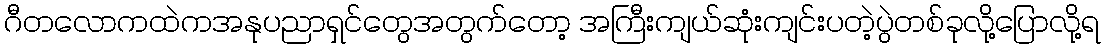
ဂီတလောကထဲကအနုပညာရှင်တွေအတွက်တော့ အကြီးကျယ်ဆုံးကျင်းပတဲ့ပွဲတစ်ခုလို့ပြောလို့ရ